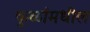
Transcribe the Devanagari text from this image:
कुळांमधील